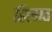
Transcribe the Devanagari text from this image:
हिलाव